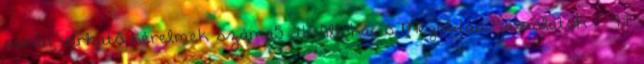
során várható kérelmek száma5 db Allokáció Megoldási javaslatok 1 47